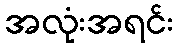
အလုံးအရင်း